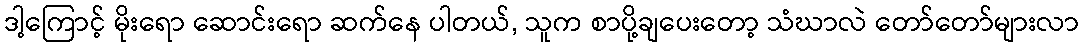
ဒါ့ကြောင့် မိုးရော ဆောင်းရော ဆက်နေ ပါတယ်, သူက စာပို့ချပေးတော့ သံဃာလဲ တော်တော်များလာ